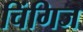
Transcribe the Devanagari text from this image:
चिंगिज